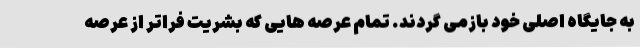
به جایگاه اصلی خود بازمی گردند. تمام عرصه هایی که بشریت فراتر از عرصه